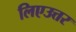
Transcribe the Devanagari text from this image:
लिएउत्तर